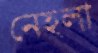
নেহলা